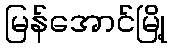
မြန်အောင်မြို့